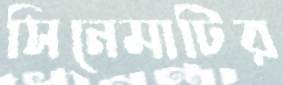
সিনেমাটির